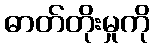
ဓာတ်တိုးမှုကို